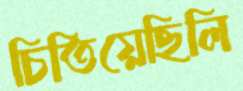
চিতিয়েছিলি